Medical and sanitary report of the native army of Madras for the year
Year: 1877
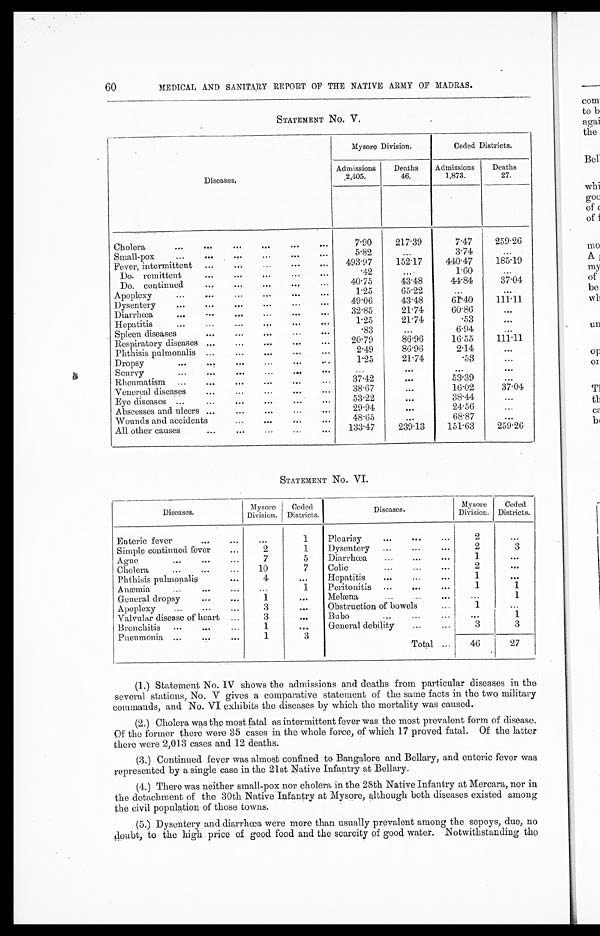
60
MEDICAL AND SANITARY REPORT OF THE NATIVE ARMY OF MADRAS.
STATEMENT No. V.
Diseases.
Mysore Division.
Ceded Districts.
Admissions
2,405.
Deaths
46.
Admissions
1,873.
Deaths
27.
Cholera
7.90
217.39
7.47
259.26
Small-pox
5.82
...
3.74
. . .
Fever, intermittent
493.97
152.17
440.47
185.19
Do. remittent
.42
...
1.60
...
Do. continued
40.75
43.48
44.84
37.04
Apoplexy
1.25
65.22
. . . ...
Dysentery
49.06
43.48
61.40
111.11
Diarrhœa
32.85
21.74
60.86
...
Hepatitis
1.25
21.74
. 5 3
. . .
Spleen diseases
.83
...
6.94
...
Respiratory diseases
20.79
86.96
16.55
111.11
Phthisis pulmonalis
2.49
86.90
2.14
. . .
Dropsy
1.25
21.74
.53
...
Scurvy
. . .
. . .
. . .
. . .
Rheumatism
3 7 . 4 2
. . .
53.39
. . .
Venereal diseases
38.67
...
16.02
37.04
Eye diseases
53.22
. . .
38.44
...
Abscesses and ulcers
29.94
...
24.56
...
Wounds and accidents
4 8 . 6 5
...
68.87
...
All other causes
1 3 3 . 4 7 239.13
151.63
259.26
STATEMENT No. VI.
Diseases.
Mysore
Division.
Ceded
Districts.
Diseases.
Mysore
Division.
Ceded
Districts.
Enteric fever
. . .
1
Pleurisy
2
. . .
Simple continued fever
2
1
Dysentery
2
3
Ague
7
5
Diarrhœa
1
. . .
Cholera
1 0 7
Colic
2
...
Phthisis pulmonalis
4
. . .
Hepatitis
1
. . .
Anæmia
...
1
Peritonitis
1
1
General dropsy
1
. . .
Melæna
. . .
1
Apoplexy
3
. . .
Obstruction of bowels
1
...
Valvular disease of heart
3
. . .
Bubo
. . .
1
Bronchitis
1
. . .
General debility
3
3
Pneumonia
1
3
Total
46
27
(1.) Statement No. IV shows the admissions and deaths from particular diseases in the
several stations, No. V gives a comparative statement of the same facts in the two military
commands, and No. VI exhibits the diseases by which the mortality was caused.
(2.) Cholera was the most fatal as intermittent fever was the most prevalent form of disease.
Of the former there were 35 cases in the whole force, of which 17 proved fatal. Of the latter
there were 2,013 cases and 12 deaths.
(3.) Continued fever was almost confined to Bangalore and Bellary, and enteric fever was
represented by a single case in the 21st Native Infantry at Bellary.
(4.) There was neither small-pox nor cholera in the 28th Native Infantry at Mercara, nor in
the detachment of the 30th Native Infantry at Mysore, although both diseases existed among
the civil population of those towns.
(5.) Dysentery and diarrhœa were more than usually prevalent among the sepoys, due, no
doubt, to the high price of good food and the scarcity of good water. Notwithstanding the